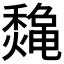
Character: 𱶪